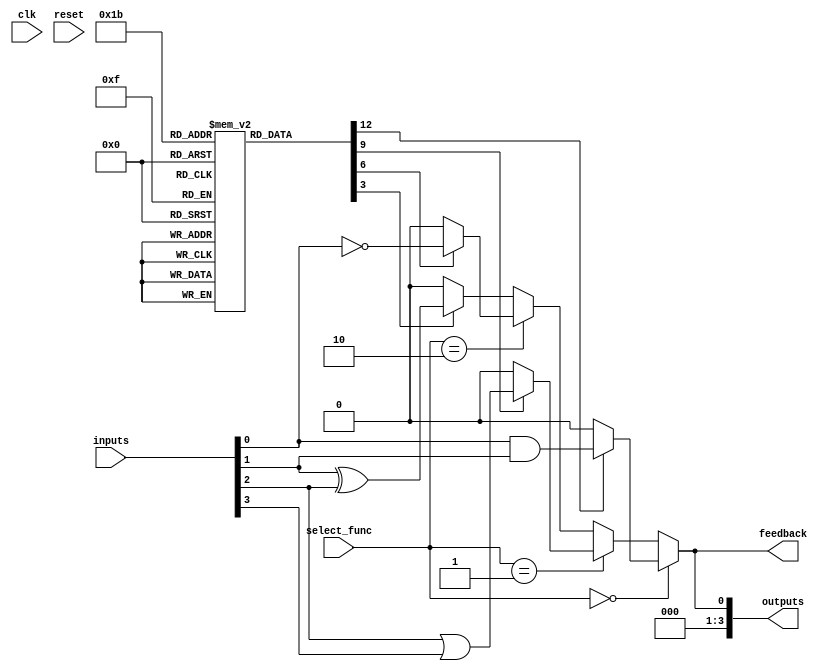
module CLB (
    input wire [3:0] inputs,            // Input lines
    input wire [1:0] select_func,       // Function select for multiplexer
    input wire clk,                      // Global clock signal
    input wire reset,                    // Global reset signal
    output wire [3:0] outputs,           // Output lines
    output wire feedback                 // Feedback path for one output
);

// Configuration memory for LUTs
reg [3:0] lut_config [0:3]; // 4 LUTs with 4 bits each

// Logic Function Units
wire [3:0] lut_out;
assign lut_out[0] = lut_config[0][0] ? (inputs[0] & inputs[1]) : 1'b0; // AND
assign lut_out[1] = lut_config[1][1] ? (inputs[2] | inputs[3]) : 1'b0; // OR
assign lut_out[2] = lut_config[2][2] ? ~inputs[0] : 1'b0;             // NOT
assign lut_out[3] = lut_config[3][3] ? (inputs[1] ^ inputs[2]) : 1'b0; // XOR

// Multiplexer to select output from LUTs
wire [3:0] mux_out;
assign mux_out = (select_func == 2'b00) ? lut_out[0] :
                 (select_func == 2'b01) ? lut_out[1] :
                 (select_func == 2'b10) ? lut_out[2] :
                 lut_out[3]; // Default to LUT3

// Output lines
assign outputs = mux_out;

// Feedback path
assign feedback = mux_out[0]; // Feedback from the first output

// Configuration memory initialization (for simulation purposes)
initial begin
    lut_config[0] = 4'b0001; // Example configuration for LUT0
    lut_config[1] = 4'b0010; // Example configuration for LUT1
    lut_config[2] = 4'b0001; // Example configuration for LUT2
    lut_config[3] = 4'b0011; // Example configuration for LUT3
end

// Example reset behavior (not strictly necessary for combinational logic)
always @(posedge clk or posedge reset) begin
    if (reset) begin
        // Reset logic if needed
    end
end

endmodule